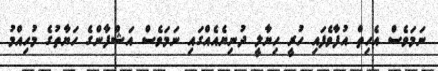
ނަމަވެސް އެހިތް އުފާވެފައި ހުރީ ހިޔާލީ ދުނިޔެއެއްގައި ނަމަވެސް އަޝްފާންގެ ހަޔާތުގެ މުހިއްމު